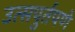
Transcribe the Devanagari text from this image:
उत्सपुर्तपणे